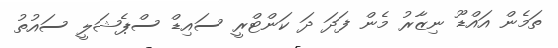
ތަމެން އައްޑޫ ނިޒާރު މެން ފަދަ ދަ ކަންޓްރީ ސައިޑް ސްޕެޝަލީ ސައުތު